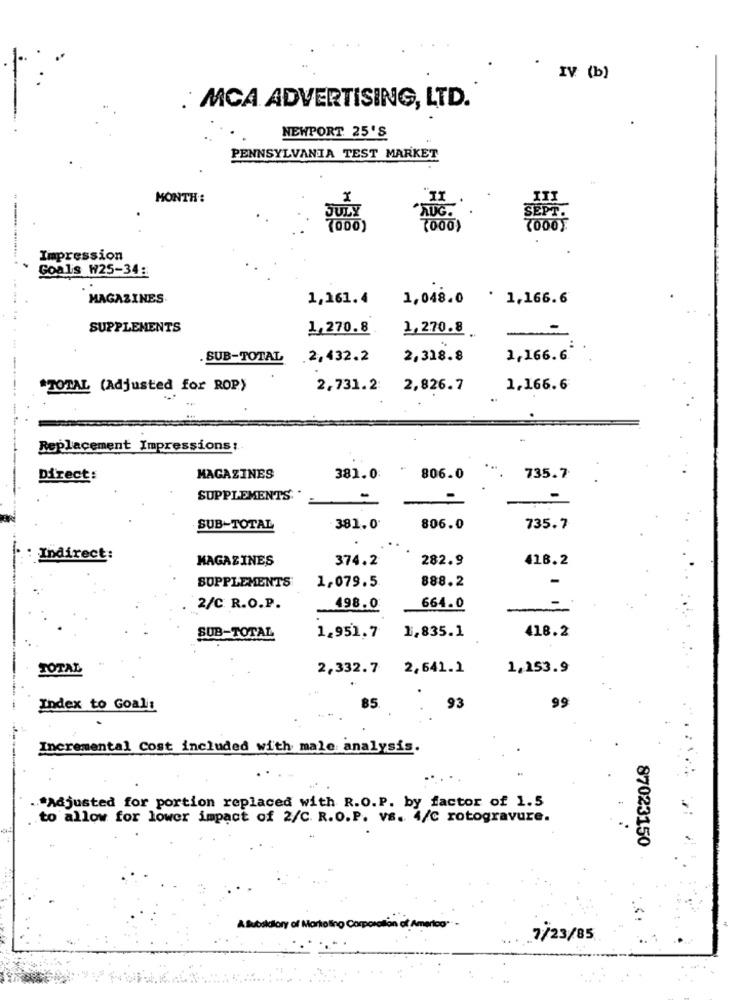
IV (b)
. MCA ADVERTISING, LTD.
NEWPORT 25'S
PENNSYLVANIA TEST MARKET
MONTH:
JULY
AUG.
(000)
Impression
Goals W25-34:
MAGAZINES
1,161.4
1,048.0
. 1,166.6
SUPPLEMENTS
1,270.8
1,270.8
.SUB-TOTAL
2,432.2
2,318.8
1,166.6.
*TOTAL (Adjusted for ROP)
2,731.2:
2,826.7
1.166.6
Replacement Impressions ;.
Direct:
MAGAZINES
381.0:
806.0
735.7
SUPPLEMENTS
-
SUB-TOTAL
381.0
806.0
735.7
Indirect:
MAGAZINES
374.2
282.9
418.2
-
SUPPLEMENTS
1,079.5
888.2
2/C. R.O.P.
498.0
664.0
418.2
SUB-TOTAL
1.951,7
1,835.1
TOTAL
2,332.7
2,641.1
1,153.9
99
Index to Goali:
85
93
Incremental Cost included with male: analysis.
...
."Adjusted for portion replaced with R.O.P. by factor of 1.5
to allow for lower impact of 2/C. R.O.P. va. 4/C rotogravure.
87023150
A Bubokfory of Mortolino Co
7/23/85